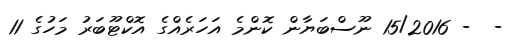
-  - 15/2016 ނޫސްބަޔާން ކޮންމެ އަހަރެއްގެ އޮކްޓޫބަރު މަހުގެ 11